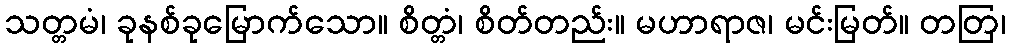
သတ္တမံ၊ ခုနစ်ခုမြောက်သော။ စိတ္တံ၊ စိတ်တည်း။ မဟာရာဇ၊ မင်းမြတ်။ တတြ၊